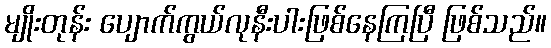
မျိုးတုန်း ပျောက်ကွယ်လုနီးပါးဖြစ်နေကြပြီ ဖြစ်သည်။